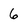
Character: 6